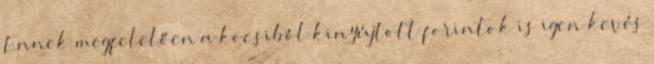
Ennek megfelelően a kocsiból kinyújtott forintok is igen kevés